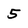
Character: 5